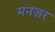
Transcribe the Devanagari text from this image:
मनज़र